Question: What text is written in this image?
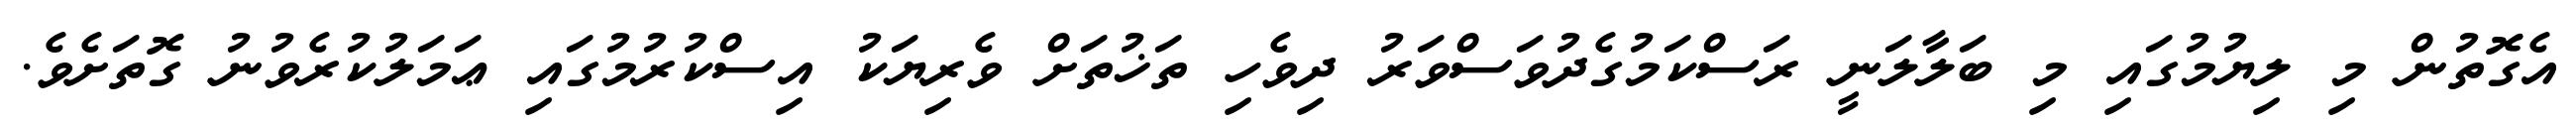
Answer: އެގޮތުން މި ލިޔުމުގައި މި ބަލާލަނީ ރަސްކަމުގެދުވަސްވަރު ދިވެހި ތަޚުތަށް ވެރިޔަކު އިސްކުރުމުގައި ޢަމަލުކުރެވުނު ގޮތަށެވެ.